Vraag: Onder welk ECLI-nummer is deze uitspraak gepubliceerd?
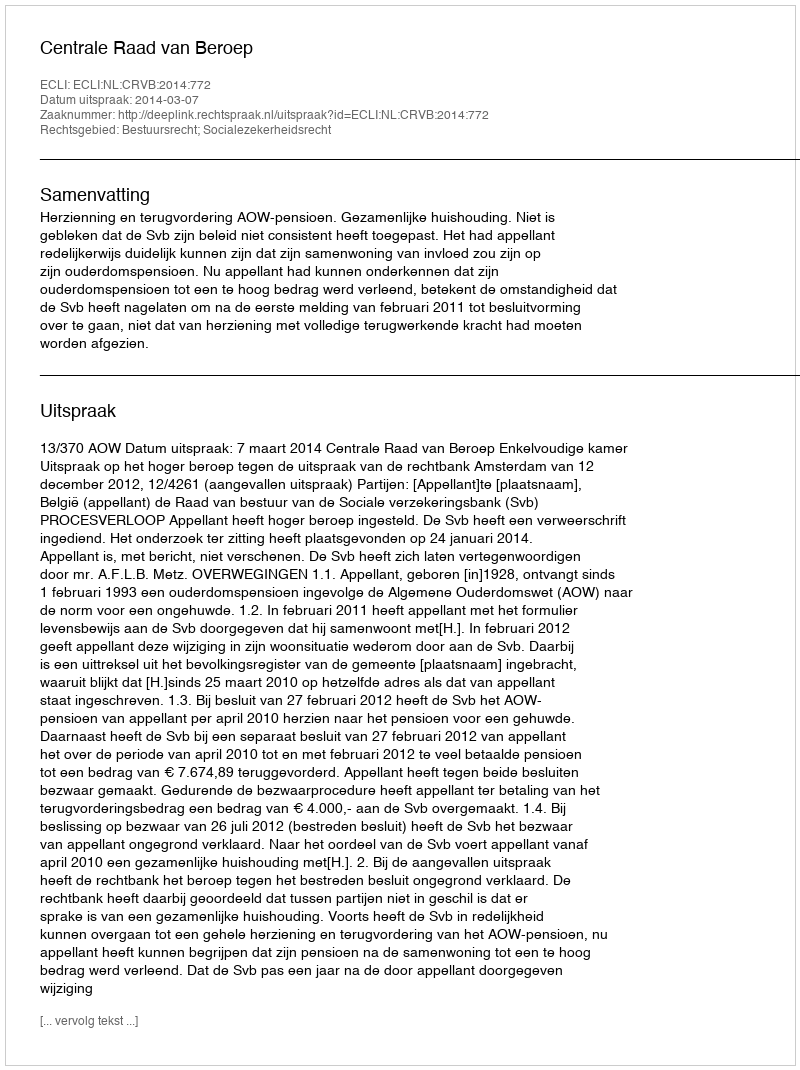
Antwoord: ECLI:NL:CRVB:2014:772